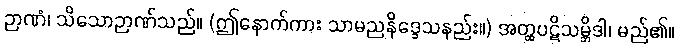
ဉာဏံ၊ သိသောဉာဏ်သည်။ (ဤနောက်ကား သာမညနိဒ္ဒေသနည်း။) အတ္ထပဋိသမ္ဘိဒါ၊ မည်၏။